Annual statistical returns and brief notes on vaccination in Bengal - 1887-1898
Year: 1887
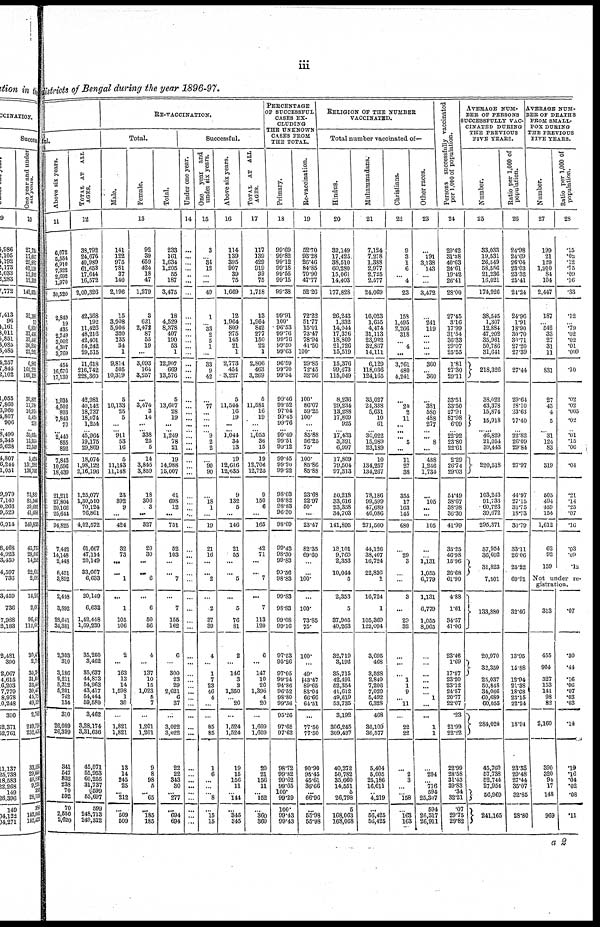
iii
districts of Bengal during the year 1896-97.
ful.
Above six years.
11
6,072
5,554
6,910
7,322
2,692
1,970
30,520
2,849
19
435
2,749
3,002
4,307
3,769
454
16, 676
117,130
1,034
4,502
803
7,843
70
...
2,440
855
892
7,843
10,596
18,439
21,211
27,804
20,166
25,644
94,825
7,442
14,148
2,448
6,451
3,892
2,448
3,892
28,041
34,381
2,303
310
3,186
9,211
5,312
5,201
742
134
310
26,089
26,399
341
547
832
238
70
592
70
2,550
2,620
TOTAL AT ALL
AGES.
12
38,792
24,676
40,989
61,653
17,644
16,572
2,00,326
42,368
192
11,426
48,216
42,401
54,242
29,515
11,618
216,742
228,360
42,981
40,142
18,737
18,074
1,254
... 45,964
19,175
29,869
18,074
1,98,122
2,16,196
1,25,077
1,30,510
70,124
76,861
4,02,572
61,667
47,114
20,149
33,667
6,633
20,149
6,633
1,42,448
1,69,230
35,260
3,462
35,637
44,873
54,963
43,417
54,444
59,580
3,462
3,28,174
3,31,636
45,071
55,953
60,255
31,737
599
65,697
599
248,713
249,312
RE-VACCINATION.
Total.
Male.
Female.
Total.
13
141
122
975
781
37
140
2,196
15
3,908
5,906
320
135
34
1
9,814
505
10,319
5
10,133
25
5
...
... 911
53
16
5
11,143
11,148
23
392
9
...
424
32
73
...
...
1
...
1
105
106
2
...
163
13
14
1,598
1
30
...
1,821
1,821
18
14
245
25
...
212
...
509
509
92
39
659
424
18
47
1,279
3
621
2,478
87
55
19
...
3,093
164
3,257
...
3,474
3
14
...
... 338
25
5
14
3,845
3,859
18
306
3
...
327
20
30
...
...
6
...
6
50
56
4
...
137
10
15
1,023
5
7
...
1,201
1,201
9
8
98
5
...
65
...
185
185
233
161
1,634
1,205
55
187
3,475
18
4,529
8,378
407
190
53
1
12,907
669
13,576
5
13,607
28
19
...
... 1,249
78
21
19
14,988
15,007
41
698
12
...
751
52
103
...
...
7
...
7
155
162
6
...
300
23
29
2,621
6
37
...
3,022
3,022
22
22
343
30
...
277
...
694
694
Successful.
Under one year.
14
...
...
...
...
...
...
...
...
...
...
...
...
...
...
...
...
...
...
...
...
...
...
... ...
...
...
...
...
...
...
...
... ...
...
...
...
...
...
...
...
...
...
...
...
...
...
...
...
...
...
...
...
...
...
...
...
...
...
...
...
...
...
...
One year and
under six years.
15
3
...
34
12
...
...
49
1
...
33
2
5
1
...
33
9
42
...
77
...
...
...
... 9
2
2
...
90
90
...
18
1
...
19
21
16
...
...
2
...
2
37
39
4
...
1
7
23
46
4
...
...
85
85
1
6
...
...
...
8
...
15
16
Above six years.
16
114
139
395
907
39
75
1,669
12
1,964
809
275
145
21
1
2,773
454
3,227
5
11,504
16
19
...
... 1,044
34
13
19
12,616
12,635
9
132
5
...
146
21
55
...
...
5
...
5
76
81
2
...
146
3
3
1,350
...
20
...
1,524
1,524
19
15
156
11
...
144
...
345
345
TOTAL AT ALL
AGES.
17
117
139
429
919
99
75
1,718
13
1,964
842
277
150
22
1
2,806
463
3,269
5
11,581
16
19
...
... 1,053
36
15
19
12,706
12,725
9
150
6
...
165
42
71
...
...
7
...
7
113
120
6
...
147
10
26
1,396
4
20
...
1,609
1,609
20
21
156
11
...
152
...
360
360
PERCENTAGE
OF SUCCESSFUL
CASES EX-
CLUDING
THE UNKNOWN-
CASES FROM
THE TOTAL.
Primary.
18
99.69
99.82
99.12
99.18
99.56
99.15
99.38
99.91
100.
96.53
99.76
99.76
99.50
99.63
96.59
99.70
99.54
99.46
99.52
97.04
99.45
...
... 99.49
99.51
99.12
99.45
99.20
99.22
98.03
98.82
98.83
96.30
98.09
99.43
98.30
99.83
90.56
98.83
99.83
98.83
99.08
99.16
97.53
95.26
97.05
99.24
94.86
96.52
98.80
99.36
95.26
97.65
97.62
98.72
99.82
99.62
99.65
100.
99.29
100.
99.43
99.43
Re-vaccination.
19
52.70
93.28
26.46
84.85
70.90
47.77
52.26
72.22
51.77
15.01
73.47
78.94
41.50
100.
29.85
72.45
32.56
100.
86.07
59.25
100.
...
... 85.88
56.25
75.
100.
85.86
85.88
23.68
22.97
50.
...
23.47
82.35
69.60
...
...
100.
...
100.
73.85
75.
100.
...
49.
43.47
89.65
83.04
66.66
64.51
...
77.50
77.50
90.90
95.45
45.61
36.66
...
66.96
...
55.98
55.98
RELIGION OF THE NUMBER
VACCINATED.
Total number vaccinated of—
Hindus.
20
32,149
17,425
38,510
60,280
15,061
14,403
177,828
26,243
1,332
14,044
17,376
18,809
21,726
15,519
15,376
99,673
115,049
8,236
29,234
13,288
17,809
925
... 17,433
3,391
6,997
17,809
79,504
97,313
50,218
33,616
23,358
34,703
141,895
18,101
9,760
2,353
10,044
5
2,353
5
37,905
40,263
32,719
3,192
33,715
42,491
52,354
41,612
49,619
53,735
3,192
306,245
309,437
40,272
50,782
35,660
14,551
5
26,798
5
168,063
168,068
Muhammadans.
21
7,124
7,278
1,388
2,977
2,725
2,577
24,069
16,023
1,655
4,474
31,113
23,922
32,867
14,111
6,129
118,036
124,165
35,027
24,338
5,631
10
61
... 30,022
15,989
23,189
10
134,257
134,267
78,186
99,599
47,689
46,086
271,560
44,126
38,407
16,724
22,836
1
16,724
1
105,369
122,094
3,695
468
3,528
2,840
7,206
7,020
5,492
6,328
468
36,109
36,577
5,404
5,005
25,186
16,611
...
4,219
...
56,425
56,425
Christians.
22
9
3
1
6
... 4
23
158
1,495
2,266
318
...
4
...
3,761
480
4,241
...
20
2
11
...
... ...
5
...
11
27
38
355
17
163
145
680
...
29
3
...
...
3
...
29
32
...
...
...
1
1
9
...
11
...
22
22
...
2
3
...
...
158
...
163
163
Other races.
23
...
191
3,138
148
...
...
3,472
...
241
119
...
...
...
...
360
...
360
...
381
580
488
277
... ...
8
...
488
1,246
1,734
...
105
...
...
105
...
...
1,131
1,055
6,779
1,131
6,779
1,055
8,965
...
...
...
...
...
...
1
...
...
1
1
...
294
...
716
594
25,307
594
26,317
26,911
Persons successfully vaccinated
per 1,000 of population.
24
29.42
31.38
40.63
24.61
19.42
26.41
28.00
27.45
3.16
17.99
31.54
36.33
29.07
25.55
1.81
27.30
29.11
33.51
33.50
27.91
87.98
6.09
... 22.92
23.80
22.61
2.29
26.74
29.03
54.49
38.67
38.98
36.30
41.99
35.25
46.98
15.96
26.68
61.90
4.88
1.61
34.57
41.06
23.46
1.69
17.57
23.20
23.12
24.57
20.77
22.07
.23
21.99
22.22
22.99
28.58
31.43
39.83
.34
32.21
.07
29.75
29.82
AVERAGE NUM-
BER OF PERSONS
SUCCESSFULLY VAC-
CINATED DURING
THE PREVIOUS
FIVE YEARS.
Number.
25
33,033
19,531
26,549
58,556
21,236
16,021
174,926
38,545
1,307
12,884
47,202
35,961
50,786
31,641
218,326
38,022
43,378
15,874
15,918
...
46,829
21,054
39,443
220,518
103,243
91,733
60,723
39,672
295,371
57,954
36,602
31,823
7,501
133,880
20,970
32,359
25,037
50,848
34,066
60,689
60,055
284,024
45,760
57,738
52,744
27,954
56,969
241,165
Ratio per 1,000 of
population.
26
24.98
24.69
26.04
23.03
23.32
25.41
24.24
24.96
1.91
18.90
30.70
30.71
27.20
27.39
27.44
29.64
28.10
23.63
77.40
... 22.82
26.09
29.84
27.97
44.97
27.15
33.75
18.73
30.79
33.11
26.06
25.22
69.91
32.46
13.95
15.88
12.94
21.38
18.68
23.15
22.24
18.94
23.33
29.48
27.44
35.07
32.85
28.80
AVERAGE NUM-
BER OF DEATHS
FROM SMALL-
POX DURING
THE PREVIOUS
FIVE YEARS.
Number.
27
199
21
129
1,910
84
104
2,447
187
...
5.42
33
27
31
11
831
27
45
4
5
...
31
124
83
319
505
494
459
154
1,612
62
92
159
Ratio per 1,000 of
population.
28
.15
.02
.12
.75
.09
.16
.33
.12
...
.79
.02
.02
.01
.009
.10
.02
.02
.005
.02
... .01
.15
.06
.04
.21
.14
.25
.07
.16
.03
.09
.12
Not under re-
gistration.
313
455
904
327
153
141
98
82
2,160
390
320
94 17
148
969
.07
.30
.44
.16
.06
.07
.03
.03
.14
.19
.16
.04
.02
.08
.11
a 2